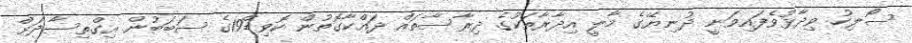
ސޯލިހު ވިދާޅުވެފައިވަނީ ދުނިޔޭގެ މާލީ އިދާރާތަކުގެ ދިރާސާތައް ދައްކާގޮތުން ކޮވިޑް19ގެ ސަބަބުން އިގްތިސާދަށް